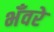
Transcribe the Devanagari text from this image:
भँवरे